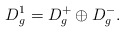
\begin{align*}D_g^1 = D_g^+ \oplus D_g^-.\end{align*}